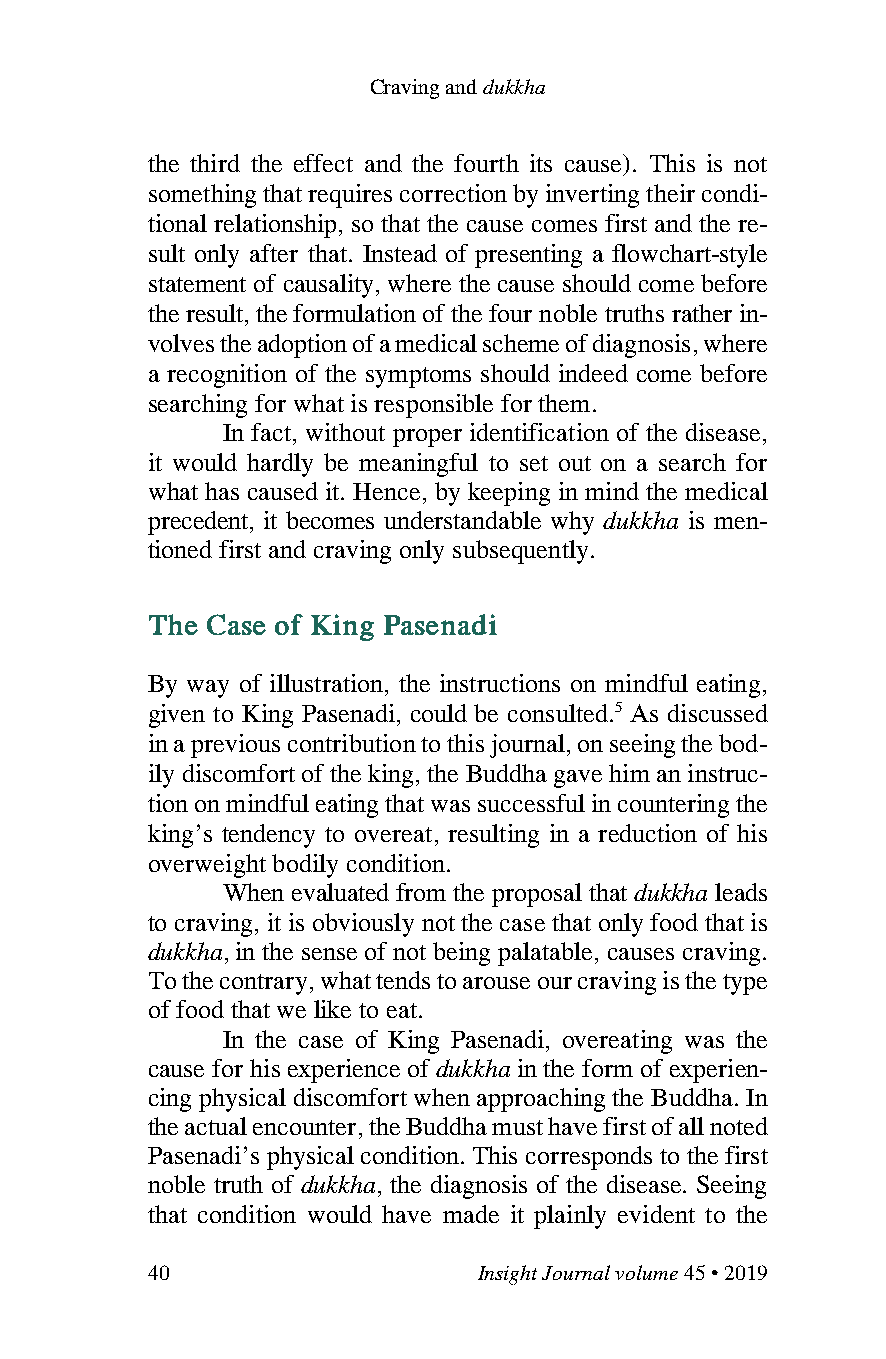
Craving and dukkha
 the third the effect and the fourth its cause). This is not
 something that requires correction by inverting their condi-
 tional relationship, so that the cause comes first and the re-
 sult only after that. Instead of presenting a flowchart-style
 statement of causality, where the cause should come before
 the result, the formulation of the four noble truths rather in-
 volves the adoption of a medical scheme of diagnosis, where
 a recognition of the symptoms should indeed come before
 searching for what is responsible for them.
 In fact, without proper identification of the disease,
 it would hardly be meaningful to set out on a search for
 what has caused it. Hence, by keeping in mind the medical
 precedent, it becomes understandable why dukkha is men-
 tioned first and craving only subsequently.
 The Case of King Pasenadi
 By way of illustration, the instructions on mindful eating,
 given to King Pasenadi, could be consulted.5 As discussed
 in a previous contribution to this journal, on seeing the bod-
 ily discomfort of the king, the Buddha gave him an instruc-
 tion on mindful eating that was successful in countering the
 king’s tendency to overeat, resulting in a reduction of his
 overweight bodily condition.
 When evaluated from the proposal that dukkha leads
 to craving, it is obviously not the case that only food that is
 dukkha, in the sense of not being palatable, causes craving.
 To the contrary, what tends to arouse our craving is the type
 of food that we like to eat.
 In the case of King Pasenadi, overeating was the
 cause for his experience of dukkha in the form of experien-
 cing physical discomfort when approaching the Buddha. In
 the actual encounter, the Buddha must have first of all noted
 Pasenadi’s physical condition. This corresponds to the first
 noble truth of dukkha, the diagnosis of the disease. Seeing
 that condition would have made it plainly evident to the
 40                    Insight Journal volume 45 • 2019